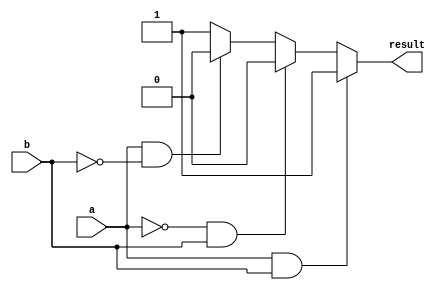
module conditional_behavioral_model(
    input wire a,
    input wire b,
    output reg result
);

initial begin
    if (a == 1 && b == 1) begin
        result = 1;
    end else if (a == 0 && b == 1) begin
        result = 0;
    end else if (a == 1 && b == 0) begin
        result = 0;
    end else begin
        result = 1;
    end
end

endmodule